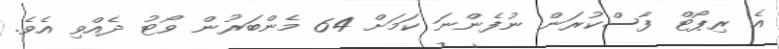
އެ ރިޕޯޓް ފާސްކުރަން ނުފެންނަ ކަމަށް 64 މެންބަރުން ވޯޓު ދެއްވި އެވެ.